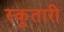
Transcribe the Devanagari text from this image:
स्कूतारी